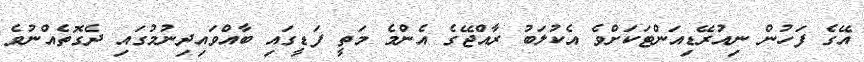
އޭގެ ފަހުން ނިއުރޭޑިއަންޓަކަށްވެ އެކުލަބު ރާއްޖޭގެ އެންމެ މަތީ ފަޑީގައި ބާއްވައިދިނުމުގައި ދެގޮތެއްނުވެ